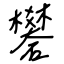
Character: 礬